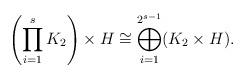
LaTeX: \begin{align*}\left(\prod_{i=1}^sK_2\right)\times H\cong\bigoplus_{i=1}^{2^{s-1}}(K_2\times H).\end{align*}